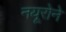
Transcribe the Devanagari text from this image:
नयूरोने